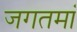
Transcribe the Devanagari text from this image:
जगतमां